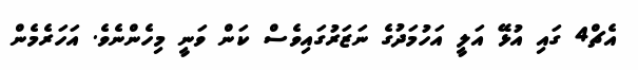
އެޗް4 ގައި އުޅޭ އަލީ އަހުމަދުގެ ނަޒަރުގައިވެސް ކަން ވަނީ މިހެންނެވެ. އަހަރެމެން